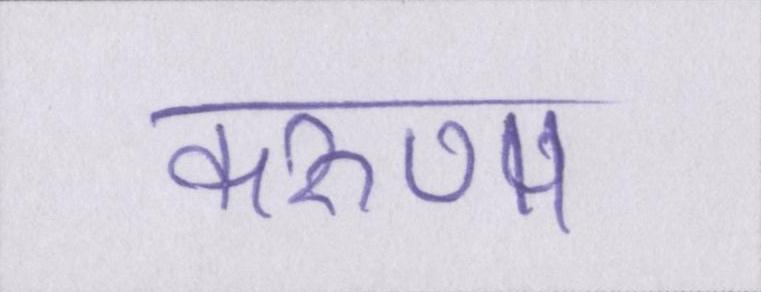
करुणा